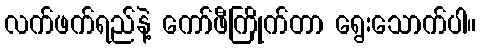
လက်ဖက်ရည်နဲ့ ကော်ဖီကြိုက်တာ ရွေးသောက်ပါ။